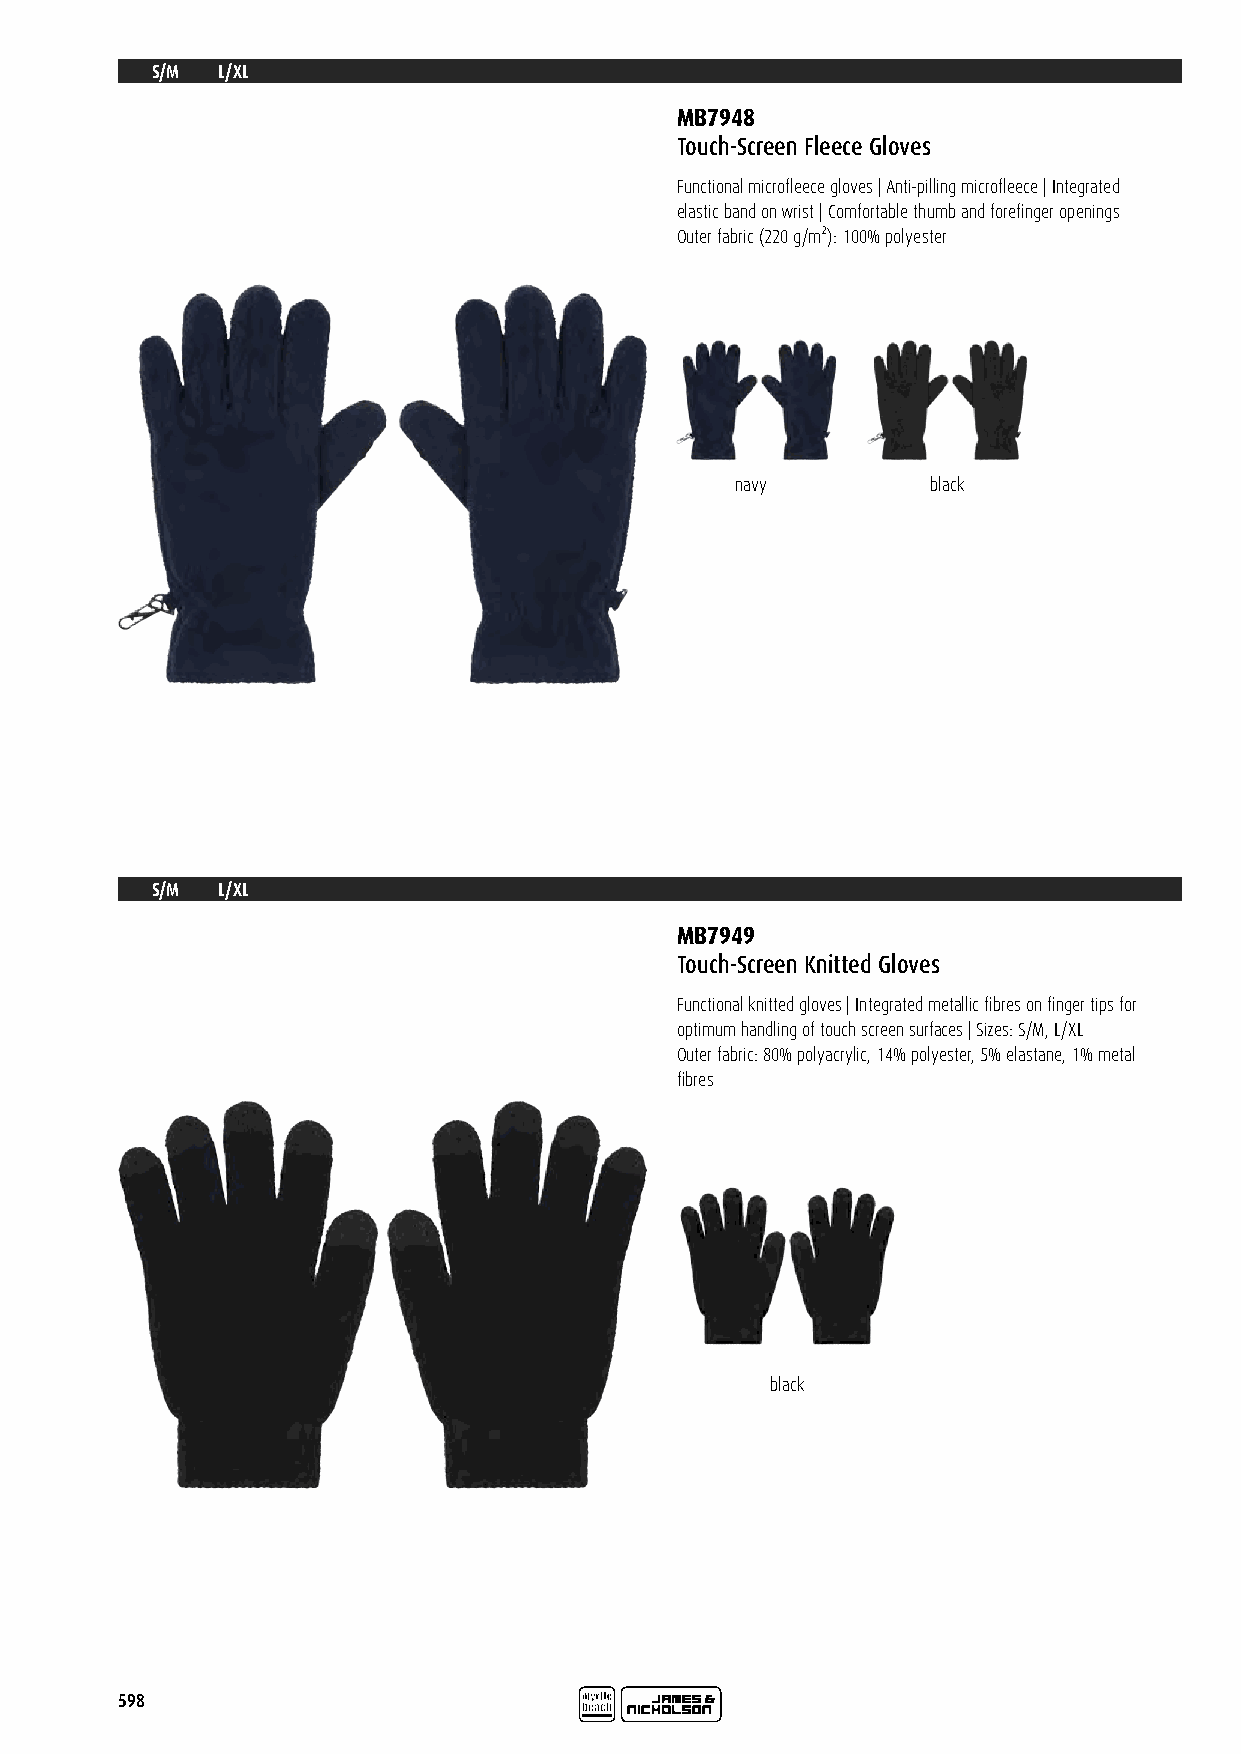
S/M L/XL
 MB7948
 Touch-Screen Fleece Gloves
 Functional microfleece gloves | Anti-pilling microfleece | Integrated
 elastic band on wrist | Comfortable thumb and forefinger openings
 Outer fabric (220 g/m²): 100% polyester
 navy         black
 S/M L/XL
 MB7949
 Touch-Screen Knitted Gloves
 Functional knitted gloves | Integrated metallic fibres on finger tips for
 optimum handling of touch screen surfaces | Sizes: S/M, L/XL
 Outer fabric: 80% polyacrylic, 14% polyester, 5% elastane, 1% metal
 fibres
 black
 598